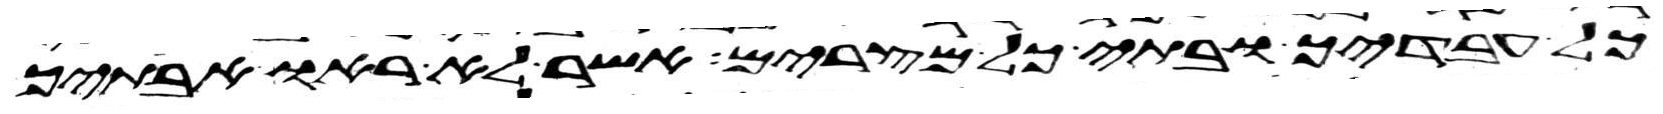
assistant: כל עבדיך ובתי כל מצרים אשר לא ראו אבתיך